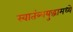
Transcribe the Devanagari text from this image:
स्वातंत्र्ययुद्धामध्ये